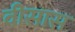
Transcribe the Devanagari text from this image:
वीसास